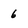
Character: 6